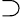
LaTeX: \supset